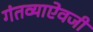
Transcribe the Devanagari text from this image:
गंतव्याऐवजी